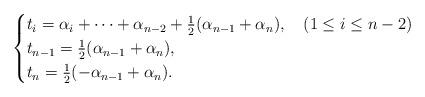
LaTeX: \begin{align*} \begin{cases} t_i = \alpha_i+\dots+\alpha_{n-2} +\frac{1}{2}(\alpha_{n-1}+\alpha_n) ,&\, (1\leq i\leq n-2)\\ t_{n-1} = \frac{1}{2}(\alpha_{n-1}+\alpha_{n}), &\\ t_n = \frac{1}{2}(-\alpha_{n-1}+\alpha_{n}) . & \end{cases}\end{align*}